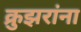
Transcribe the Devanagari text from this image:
क्रुझरांना